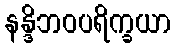
နန္ဒိဘဝပရိက္ခယာ